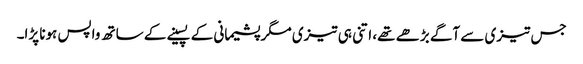
جس تیزی سے آگے بڑھے تھے، اتنی ہی تیزی مگر پشیمانی کے پسینے کے ساتھ واپس ہونا پڑا۔